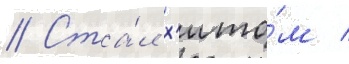
// Ста́л х'ито́м /